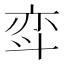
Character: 𫿳